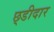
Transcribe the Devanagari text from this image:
छ्डीदार